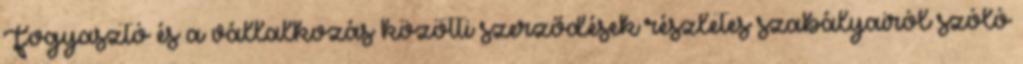
Fogyasztó és a vállalkozás közötti szerződések részletes szabályairól szóló